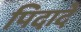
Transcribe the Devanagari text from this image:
पिदादे